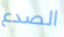
الصدع